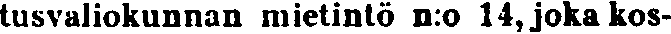
tusvaliokunnan mietintö n:o 14, joka kos-